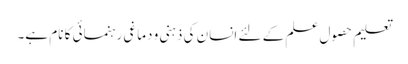
تعلیم حصولِ علم کے لئے انسان کی ذہنی و دماغی رہنمائی کا نام ہے۔